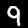
Digit: 9